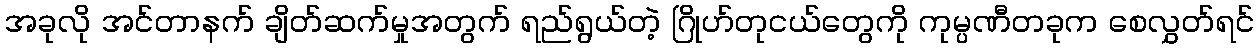
အခုလို အင်တာနက် ချိတ်ဆက်မှုအတွက် ရည်ရွယ်တဲ့ ဂြိုဟ်တုငယ်တွေကို ကုမ္ပဏီတခုက စေလွှတ်ရင်